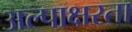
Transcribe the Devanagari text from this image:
अल्पाक्षरता